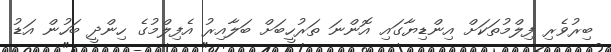
ބިރުވެރި ފިލްމުތަކަށް އިންޑިޔާގައި އޮންނަ ތަރުހީބަށް ބަލާއިރު އެފިލްމުގެެ ހިންދީ ބަހުން އަޑު